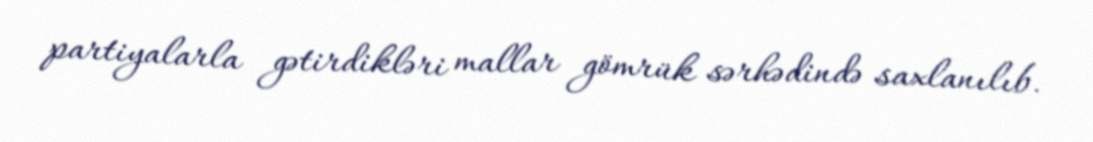
partiyalarla gətirdikləri mallar gömrük sərhədində saxlanılıb.